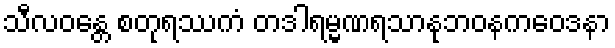
သီလဝန္တေ စတုရဿကံ တဒါရမ္မဏရသာနုဘဝနကဝေဒနာ